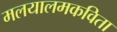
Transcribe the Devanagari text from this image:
मलयालमकविता